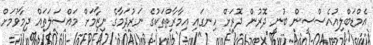
އެމްޑަބްލިއުއެސްސީން ބުނީ ދޮރުން ދޮރަށް ހިނގައި އިމާރާތްތަކުގެ ނަރުދަމާގެ ނިޒާމަށް މައްސަލަތައް ދިމާވުމަށް